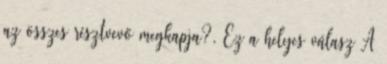
az összes résztvevő megkapja?, Ez a helyes válasz A